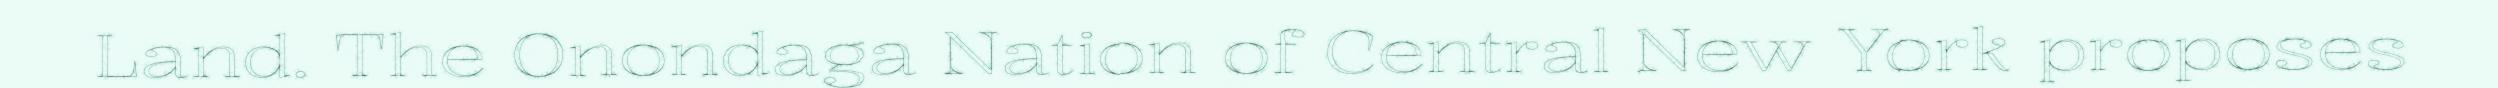
Land. The Onondaga Nation of Central New York proposes